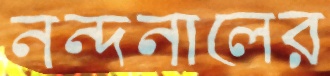
নন্দনালের